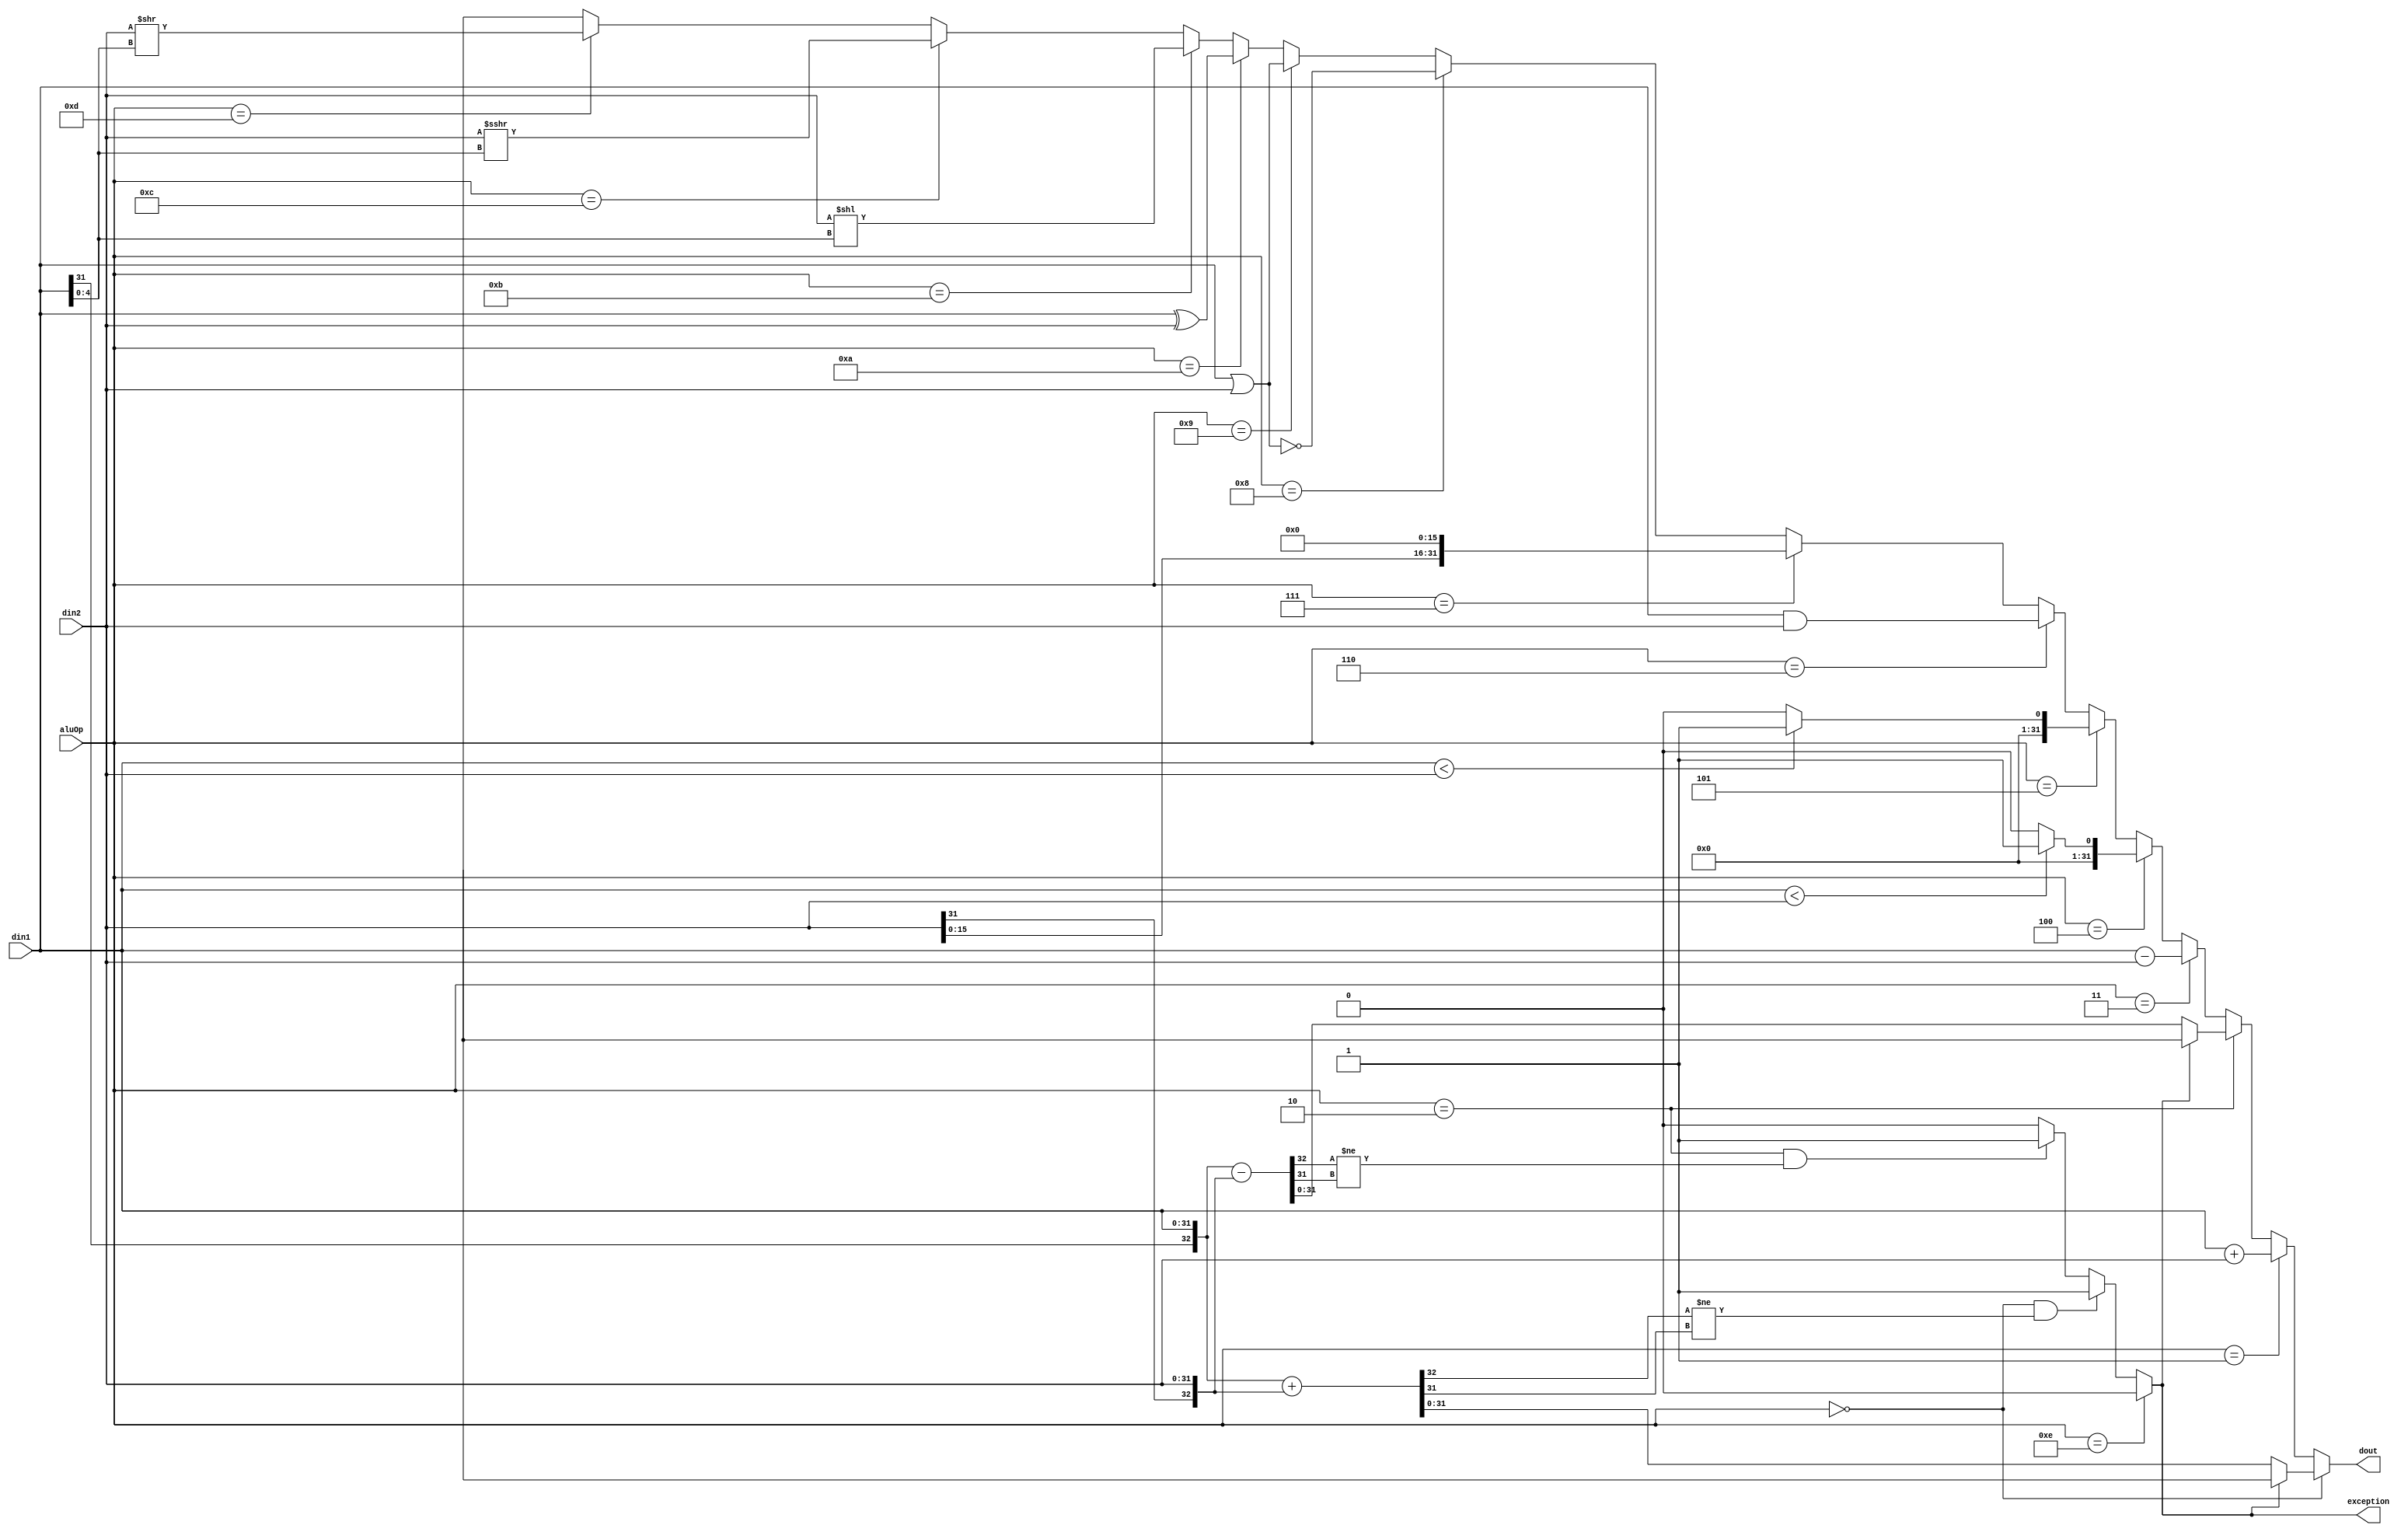
module ALU(
    input  [ 3:0] aluOp,
    input  [31:0] din1,
    input  [31:0] din2,
    output [31:0] dout,
    output        exception
);
    wire   [32:0] din1Ex, din2Ex;
    wire   [32:0] addTemp, subTemp; // used for exceptions
    wire   [ 4:0] shift;

    assign din1Ex = $signed(din1);
    assign din2Ex = $signed(din2);
    assign addTemp = din1Ex + din2Ex;
    assign subTemp = din1Ex - din2Ex;
    assign shift = din1[4:0];
    
    assign exception =
        aluOp == 4'b1110                               ? 0 :
        aluOp == 4'b0000 && addTemp[32] != addTemp[31] ? 1 :
        aluOp == 4'b0010 && subTemp[32] != subTemp[31] ? 1 :
                                                         0 ;
    assign dout =
        aluOp == 4'b0000 ? (exception ? 32'bX : addTemp[31:0])     : // add/addi
        aluOp == 4'b0001 ? din1 + din2                             : // addu/addiu/memory
        aluOp == 4'b0010 ? (exception ? 32'bX : subTemp[31:0])     : // sub
        aluOp == 4'b0011 ? din1 - din2                             : // subu
        aluOp == 4'b0100 ? ($signed(din1) < $signed(din2) ? 1 : 0) : // slt/slti
        aluOp == 4'b0101 ? (din1 < din2 ? 1 : 0)                   : // sltu/sltiu
        aluOp == 4'b0110 ? din1 & din2                             : // and/andi
        aluOp == 4'b0111 ? {din2[15:0], 16'b0}                     : // lui
        aluOp == 4'b1000 ? ~(din1 | din2)                          : // nor
        aluOp == 4'b1001 ? din1 | din2                             : // or/ori
        aluOp == 4'b1010 ? din1 ^ din2                             : // xor/xori
        aluOp == 4'b1011 ? din2 << shift                           : // sllv/sll
        aluOp == 4'b1100 ? $signed($signed(din2) >>> shift)        : // srav/sra
        aluOp == 4'b1101 ? din2 >> shift                           : // srlv/srl
                           32'bX                                   ; // other

endmodule